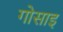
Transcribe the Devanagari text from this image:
गोसाइ